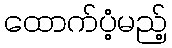
ထောက်ပံ့မည့်